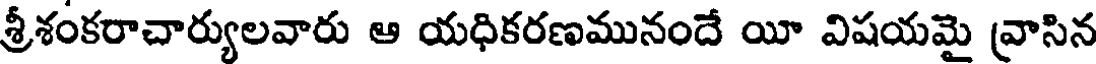
శ్రీశంకరాచార్యులవారు ఆ యధికరణమునందే యీ విషయమై వ్రాసిన